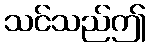
သင်သည်ဤ